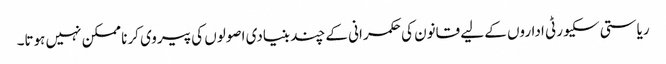
ریاستی سکیورٹی اداروں کے لیے قانون کی حکمرانی کے چند بنیادی اصولوں کی پیروی کرنا ممکن نہیں ہوتا۔